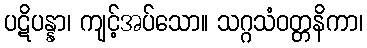
ပဋိပန္နာ၊ ကျင့်အပ်သော။ သဂ္ဂသံဝတ္တနိကာ၊